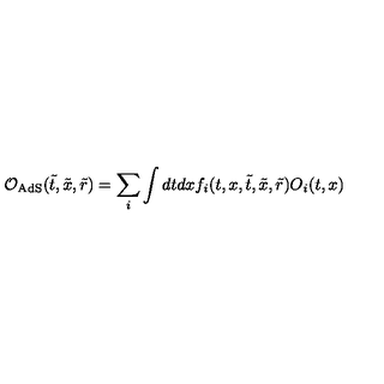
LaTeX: { \cal { O } } _ { \mathrm { A d S } } ( \tilde { t } , \tilde { x } , \tilde { r } ) = \sum _ { i } \int d t d x f _ { i } ( t , x , \tilde { t } , \tilde { x } , \tilde { r } ) O _ { i } ( t , x )